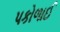
પકોળાઈ